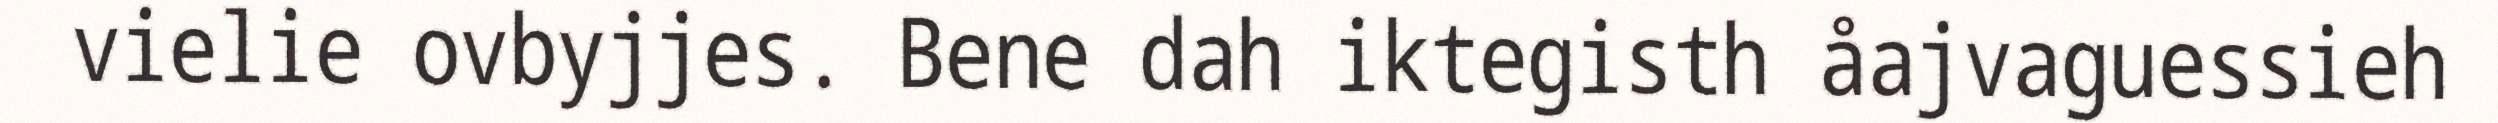
vielie ovbyjjes. Bene dah iktegisth åajvaguessieh